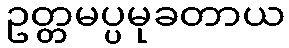
ဥတ္တမပ္ပမုခတာယ